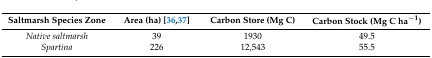
<table><thead><tr><td><b>Saltmarsh Species Zone</b></td><td><b>Area (ha) [36,37]</b></td><td><b>Carbon Store (Mg C)</b></td><td><b>Carbon Stock (Mg C ha<sup>−1</sup>) </b></td></tr></thead><tbody><tr><td><i>Native saltmarsh</i></td><td>39</td><td>1930</td><td>49.5</td></tr><tr><td><i>Spartina</i></td><td>226</td><td>12,543</td><td>55.5</td></tr></tbody></table>